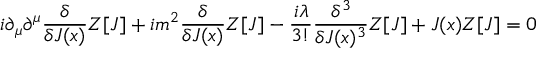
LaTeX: i \partial _ { \mu } \partial ^ { \mu } { \frac { \delta } { \delta J ( x ) } } Z [ J ] + i m ^ { 2 } { \frac { \delta } { \delta J ( x ) } } Z [ J ] - { \frac { i \lambda } { 3 ! } } { \frac { \delta ^ { 3 } } { \delta J ( x ) ^ { 3 } } } Z [ J ] + J ( x ) Z [ J ] = 0